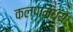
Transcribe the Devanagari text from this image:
कल्पामध्ये